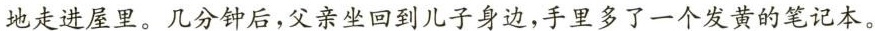
地走进屋里。几分钟后，父亲坐回到儿子身边，手里多了一个发黄的笔记本。